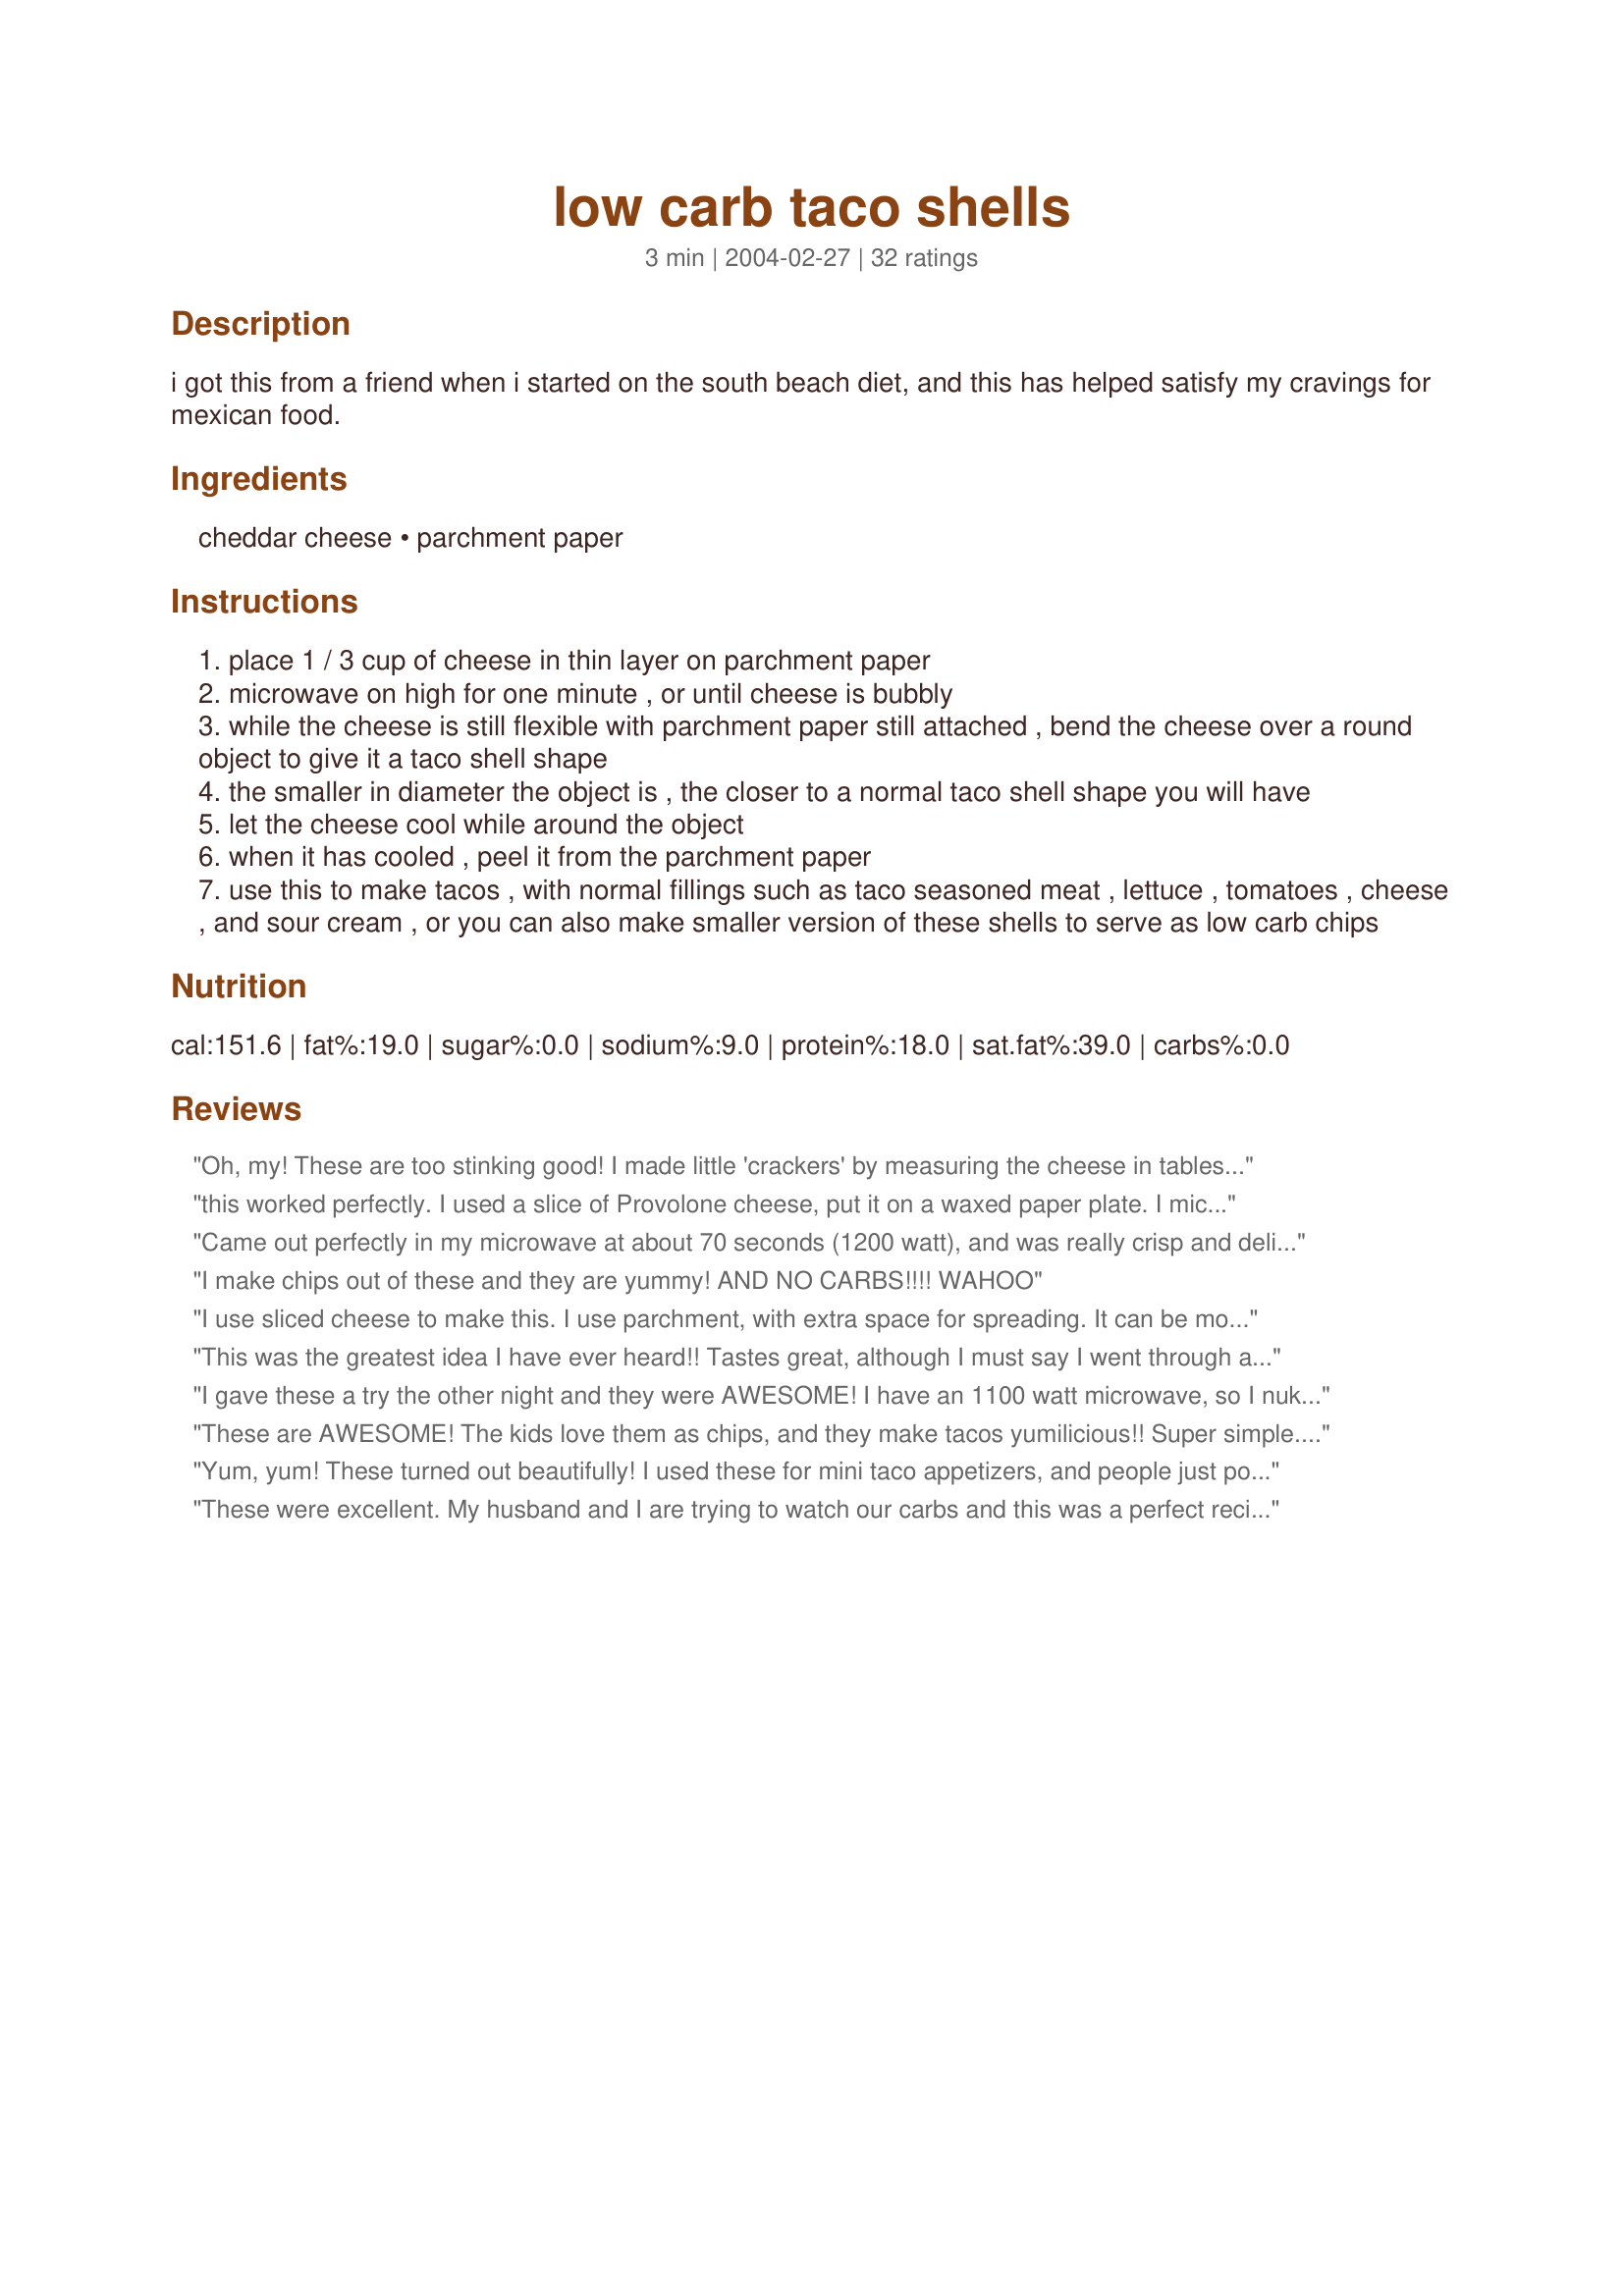
low carb taco shells
Preparation time: 3 minutes

i got this from a friend when i started on the south beach diet, and this has helped satisfy my cravings for mexican food.

Ingredients:
cheddar cheese, parchment paper

Steps:
place 1 / 3 cup of cheese in thin layer on parchment paper
microwave on high for one minute , or until cheese is bubbly
while the cheese is still flexible with parchment paper still attached , bend the cheese over a round object to give it a taco shell shape
the smaller in diameter the object is , the closer to a normal taco shell shape you will have
let the cheese cool while around the object
when it has cooled , peel it from the parchment paper
use this to make tacos , with normal fillings such as taco seasoned meat , lettuce , tomatoes , cheese , and sour cream , or you can also make smaller version of these shells to serve as low carb chips

Reviews:
Oh, my! These are too stinking good! I made little 'crackers' by measuring the cheese in tablespoons. Try adding some finely chopped herbs and garlic to the cheese before nuking...chives, basil, and rosemary were all delicious.
this worked perfectly. I used a slice of Provolone cheese, put it on a waxed paper plate. I microwaved it one minute and twenty seconds for my microwave. When it was done I got it off the paper plate, set it on a napkin and just bent it until it held it's shape. Then filled with taco fillings, meat, sour cream, guacamole, onions, tomatoes and lettuce. Wonderful. I have my Mexican fix back. Thanks for the recipe
Came out perfectly in my microwave at about 70 seconds (1200 watt), and was really crisp and delicate. I didn't measure cheese, so I might not have used enough. Just made a thin circle on the parchment and cooked it. I ended up breaking this back into halves to smear with avocado (I was out of low carb bread). Thanks to the reviewer who explained that the cheese has to be starting to brown or burn to be done, because otherwise I might not have cooked this enough. Thanks for sharing.
I make chips out of these and they are yummy! AND NO CARBS!!!! WAHOO
I use sliced cheese to make this. I use parchment, with extra space for spreading. It can be molded over a small bowl or muffin tin while still warm, for a great salad bowl. I have used cheddar, harvarti, swiss as well as others. Parmesean works well. I use it for hamburger buns, turkey sandwiches, etc. I have sprinkled chii powder over it, as well as other seasonings for taco shells. Even my DH loves it, and he is not on a low carb diet.
This was the greatest idea I have ever heard!! Tastes great, although I must say I went through and entire bag of cheese before I got it right. I could not get it off the paper. I fried it stove top and turned out perfectZ! Thank you
I gave these a try the other night and they were AWESOME! I have an 1100 watt microwave, so I nuked them for 1 min. and 15 seconds and then let it sit for about 5 seconds, peeled the cheese off and put it on a paper towel and then just shaped it into a taco with my hands. I only had to hold it for a few seconds before it stayed. These were better than regular taco shells in my opinion. I ate the extras just plain, lol. The next night I used a bowl to shape them into taco salad bowls for the leftover taco meat and toppings.
These are AWESOME! The kids love them as chips, and they make tacos yumilicious!! Super simple. Parchment paper is definetly the way to go. I have to say, it was good to eat a more "normal" food during SouthBeach Phase 1 thanks to these taco shells!!
Yum, yum! These turned out beautifully! I used these for mini taco appetizers, and people just popped them into their mouth. I had jalapeÃ±o jack cheese, grated, and added tomato, green onion, cilantro , and a dot of sour cream. All gone within minutes. Thank you, Brian.
These were excellent. My husband and I are trying to watch our carbs and this was a perfect recipe to do that. I would definitely make them again.
I'm so glad I found this recipe! These worked out perfect for tacos on my South Beach diet! I used Colby cheese (bought them in the dairy aisle already 1/2 circled shaped) and placed 2 pieces on the paper, to make the circle, over lapping straight edge of the cheese just a little bit. I microwaved for 50 seconds, let it set out about 2 minutes and then "shaped" it by placing the paper and cheese in my porcelain napkin holder. Let that set about 3 minutes, peeled and filled the shell up with the meat and toppings. Make sure you have lots of napkins, the shell is quite greasy, of course. Thanks for posting this gem!
Outstanding! These were amazing. I did exactly as the recipe said and came out with perfectly formed shells. They were a little greasy because I didn't have any low-fat cheese on hand, but I can easily remedy that next time. I stuffed these with tuna (mixed with a little over a Tbsp. mayo, the juice of half a lime, salt, and a lot of cracked black pepper) and Frijoles Negros (Recipe #8969). These were so good!
Wow...this recipe is great. DH and I made them for dinner. We liked them so much we made them again for lunch two days later. Whoever thought of this is a genius. Thanks for sharing.
Delicious! I didn't use this yet as a taco shell, instead I filled it with braunschweiger and mustard and ate it like a sandwich. Mine was cruchy yet chewy and DELICIOUS!! I will use this is so many different ways!
Haven't made these yet, but when I do, I'm going to take a tip from the folks who make their own taco shells out of tortillas and lay them over the oven rack to cool into the shape of a taco shell. I may have to &quot;sandwich&quot; a round slice of deli colby between parchment paper to drape over the oven rack, but it will win the carb battle!
Brian, just posted my first picture and it was your Low Carb Taco Shells. These are without a doubt the best low carb idea yet. Not only did these satisfy our craving for "crunch" my DH was hungry for taco's. These little babies are habit forming. After having these for dinner one evening, I made "chips" with this recipe the next day. I could not find anything in my kitchen that I thought was round and small enough to look like a taco. So as soon as I removed the cheese from the oven, I just held together two opposite ends of the parchment paper so the cheese was shaped like a taco. I held the cheese in place with the parchment attached for about 1 minute, just long enough for the cheese to cool slightly and retain the shape, then removed the parchment. Amazing!!! My method may be too time consuming if you are making these for a dinner party, but just for the two of us, it took no time at all. Thanks so much for posting. I hope everyone tries these!
These are very good. I did not do the shells, but made plenty of chips. I nibble on them at night while I am reading. Do not use the Press and seal wrap. It will melt and you will eat the plastic wrap. I have since bought parchment paper and will try that.
What a brilliant idea!! It's a little greasy but delicious. Great for low carb.
I tried this with wax papper and it did not work well, but with the parchment paper as it says worked great. This was a great alternative to the high carb shells. I will continue to use this.
This was a great idea! I made these with cheddar cheese...although I may not have spread the cheese out enough as my shells did not get very crispy. However they were still delicious and let me enjoy tacos with the family without feeling the need for regular shells. Thanks for posting.
Great tasting of course, it is greasy so I let them dry off on a paper towel to soak up the fat drippings. Word of advice - you have to pretty much burn the cheese to get it to a crunchy consistency, otherwise it will just be melted gooey cheese. I had to make 4 of these before I figured out that it was ok for them to burn a little. I have a wheat and gluten food allergy so this is a great alternative. thank you!
This is a AWESOME recipe! My husband and I both love it. Thanks for contributing.
Awesome!!! Like the above reviewers this takes time to get right. I used sliced deli cheddar, and I found that I had to microwave each one for 1:30 to get it crunchy and not chewy. I also drained them right out of the microwave and blotted them on paper towels, and the final product was not greasy at all (although you should have seen all the fat draining off these babies!)
Brilliant!!! I love Mexican and can enjoy tacos again while I'm low carbing!! Thank You!!
I use large, round slices of provolone cheese. They're the perfect size & shape for taco shells. They make the house smell funky though. I use plastic coated paper plates sprayed with a bit of Pam. After the first one the plate is greasy enough so no reapplication is necessary. My DH & I can enjoy taco night with the kids. Sometimes they'll even eat our shells.
I use Jalapeno Jack for chips. This is a great idea.
Thank you so much! This was outstanding in all respects! Low carb just got a heck of a lot easier. I put different cheese mixtures on parchment paper and heated them for one minute and ten seconds in the microwave. Then, I held them in my hands at the shape of a taco. They all were great! They were every bit as good as a &quot;real&quot; taco shell except they lacked the salty taste, so I added salt and fresh ground peppercorn as the cheese was still hot and beginning to cool. OMG it was really good!!
Blown away with how good these are and I always have cheese around! My family was impressed too they said it was like a cheese it and they love those. If you ever thought about making your own shells try this soooo easy!
You've saved my life... I really missed crackers and this is a great substitute. I've used a number of different cheeses and they've been great!
Thanks
Very shocked, these were really good! They go perfect with my low carb diet, thanks for posting!
Awesome!! This was a real treat, and a change of pace for me while on Atkins.
The first ones I made were a little too thick and ended up kind of soggy, but the next batch turned out perfectly, I made them thinner. They were crunchy and held their shape well. I also made some with a monteray jack/cheddar/mozzerella mix and they were great!
Thanks for a winner!
Awesome! I liked the taste better than regular taco shells. Will definitely do again!
This is awesome. My family and I loved it...even better than regular shells! Thanks for posting, Brian!
